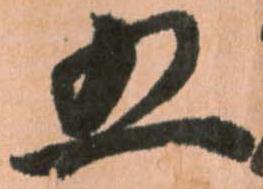
五